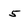
Character: 5